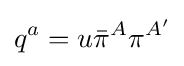
q^{a}=u{\bar {\pi }}^{A}\pi ^{A'}